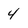
Character: 4